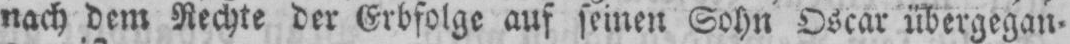
nach dem Rechte der Erbfolge auf seinen Sohn Oscar übergegan⸗